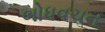
બોધવચન